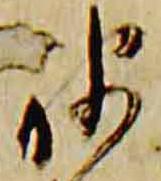
被